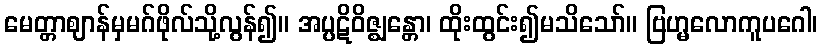
မေတ္တာဈာန်မှမဂ်ဖိုလ်သို့လွန်၍။ အပ္ပဋိဝိဇ္ဈန္တော၊ ထိုးထွင်း၍မသိသော်။ ဗြဟ္မလောကူပဂေါ၊